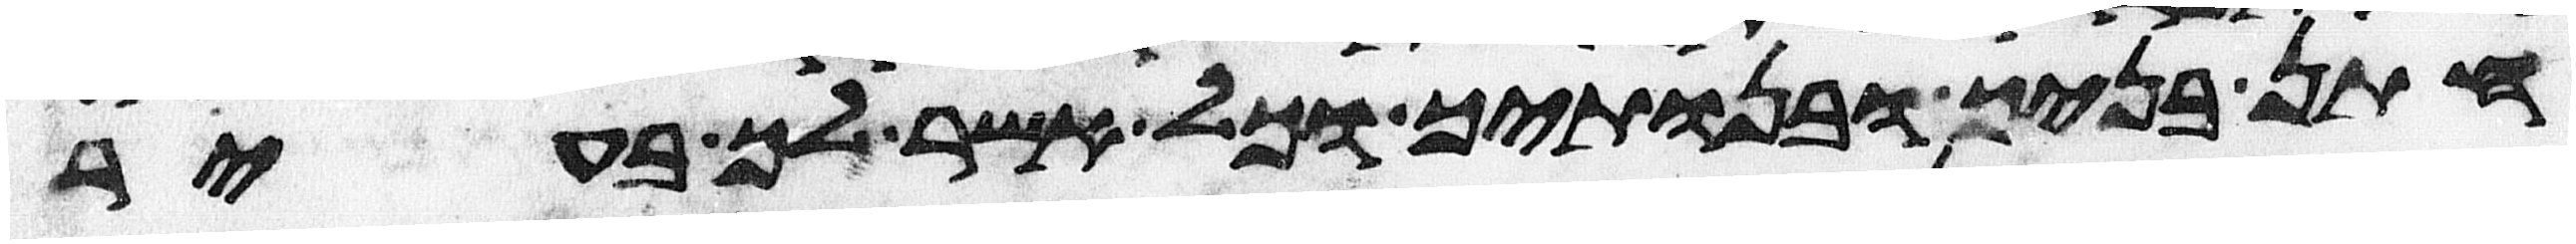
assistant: חתן בניך ובנתיך וכל אשר לך בעיר